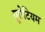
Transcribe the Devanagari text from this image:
यूरोटियम